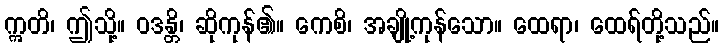
ဣတိ၊ ဤသို့။ ဝဒန္တိ၊ ဆိုကုန်၏။ ကေစိ၊ အချို့ကုန်သော။ ထေရာ၊ ထေရ်တို့သည်။